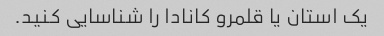
یک استان یا قلمرو کانادا را شناسایی کنید.